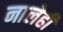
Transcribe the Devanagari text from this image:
नालेही